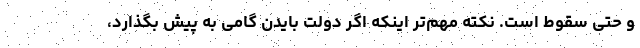
و حتی سقوط است. نکته مهم‌تر اینکه اگر دولت بایدن گامی به پیش بگذارد،